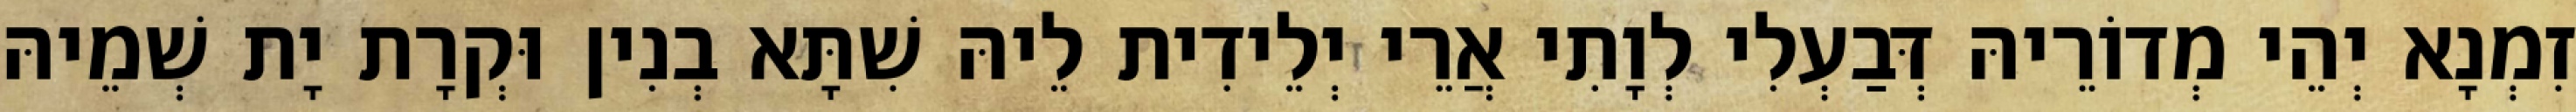
זִמְנָא יְהֵי מְדוֹרֵיהּ דְּבַעְלִי לְוָתִי אֲרֵי יְלֵידִית לֵיהּ שִׁתָּא בְנִין וּקְרָת יָת שְׁמֵיהּ